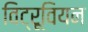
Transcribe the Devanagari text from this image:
विट्रूवियन